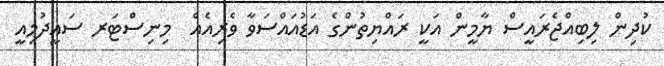
ކުދިން ލިބިއްޖެރައީސް ޔާމީން އަކީ ރައްޔިތުންގެ އަޑުއައްސަވާ ވެރިއެއް  މިނިސްޓަރ ސައީދުމިއީ